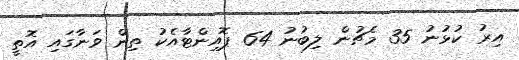
އިރު ކުޅުނު 35 މެޗުން ލިބުނު 64 ޕޮއިންޓާއެކު ތިން ވަނާގައި އޮތީ